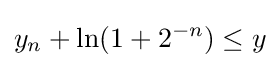
y_{n}+\ln(1+2^{-n})\leq y